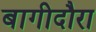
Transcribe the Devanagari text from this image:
बागीदौरा